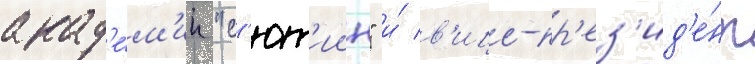
акад'е́м'ии "с'ют'иин" и́ в'ице-пр'ез'ид'е́нт